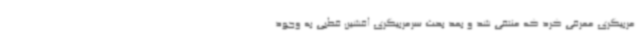
مربیگری معرفی کرد که منتفی شد و بعد بحث سرمربیگری افشین قطبی به وجود